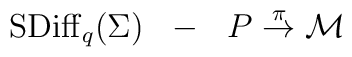
{\rm SDiff}_q (\Sigma) \ \ - \ \ P \buildrel \rm \pi \over {\rightarrow}  {\cal M}